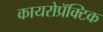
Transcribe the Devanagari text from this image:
कायरोप्रॅक्टिक